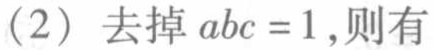
(2) 去掉 \(abc = 1\)，则有